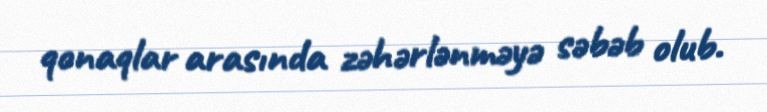
qonaqlar arasında zəhərlənməyə səbəb olub.